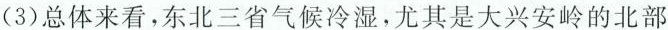
(3)总体来看，东北三省气候冷湿，尤其是大兴安岭的北部